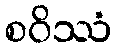
စဝိဿံ